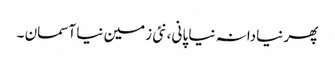
پھر نیادانہ نیا پانی ،نئی زمین نیا آسمان ۔